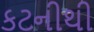
કટનીથી